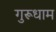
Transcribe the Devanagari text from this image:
गुरूधाम